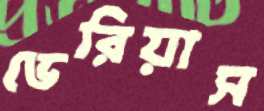
ভেরিয়াস